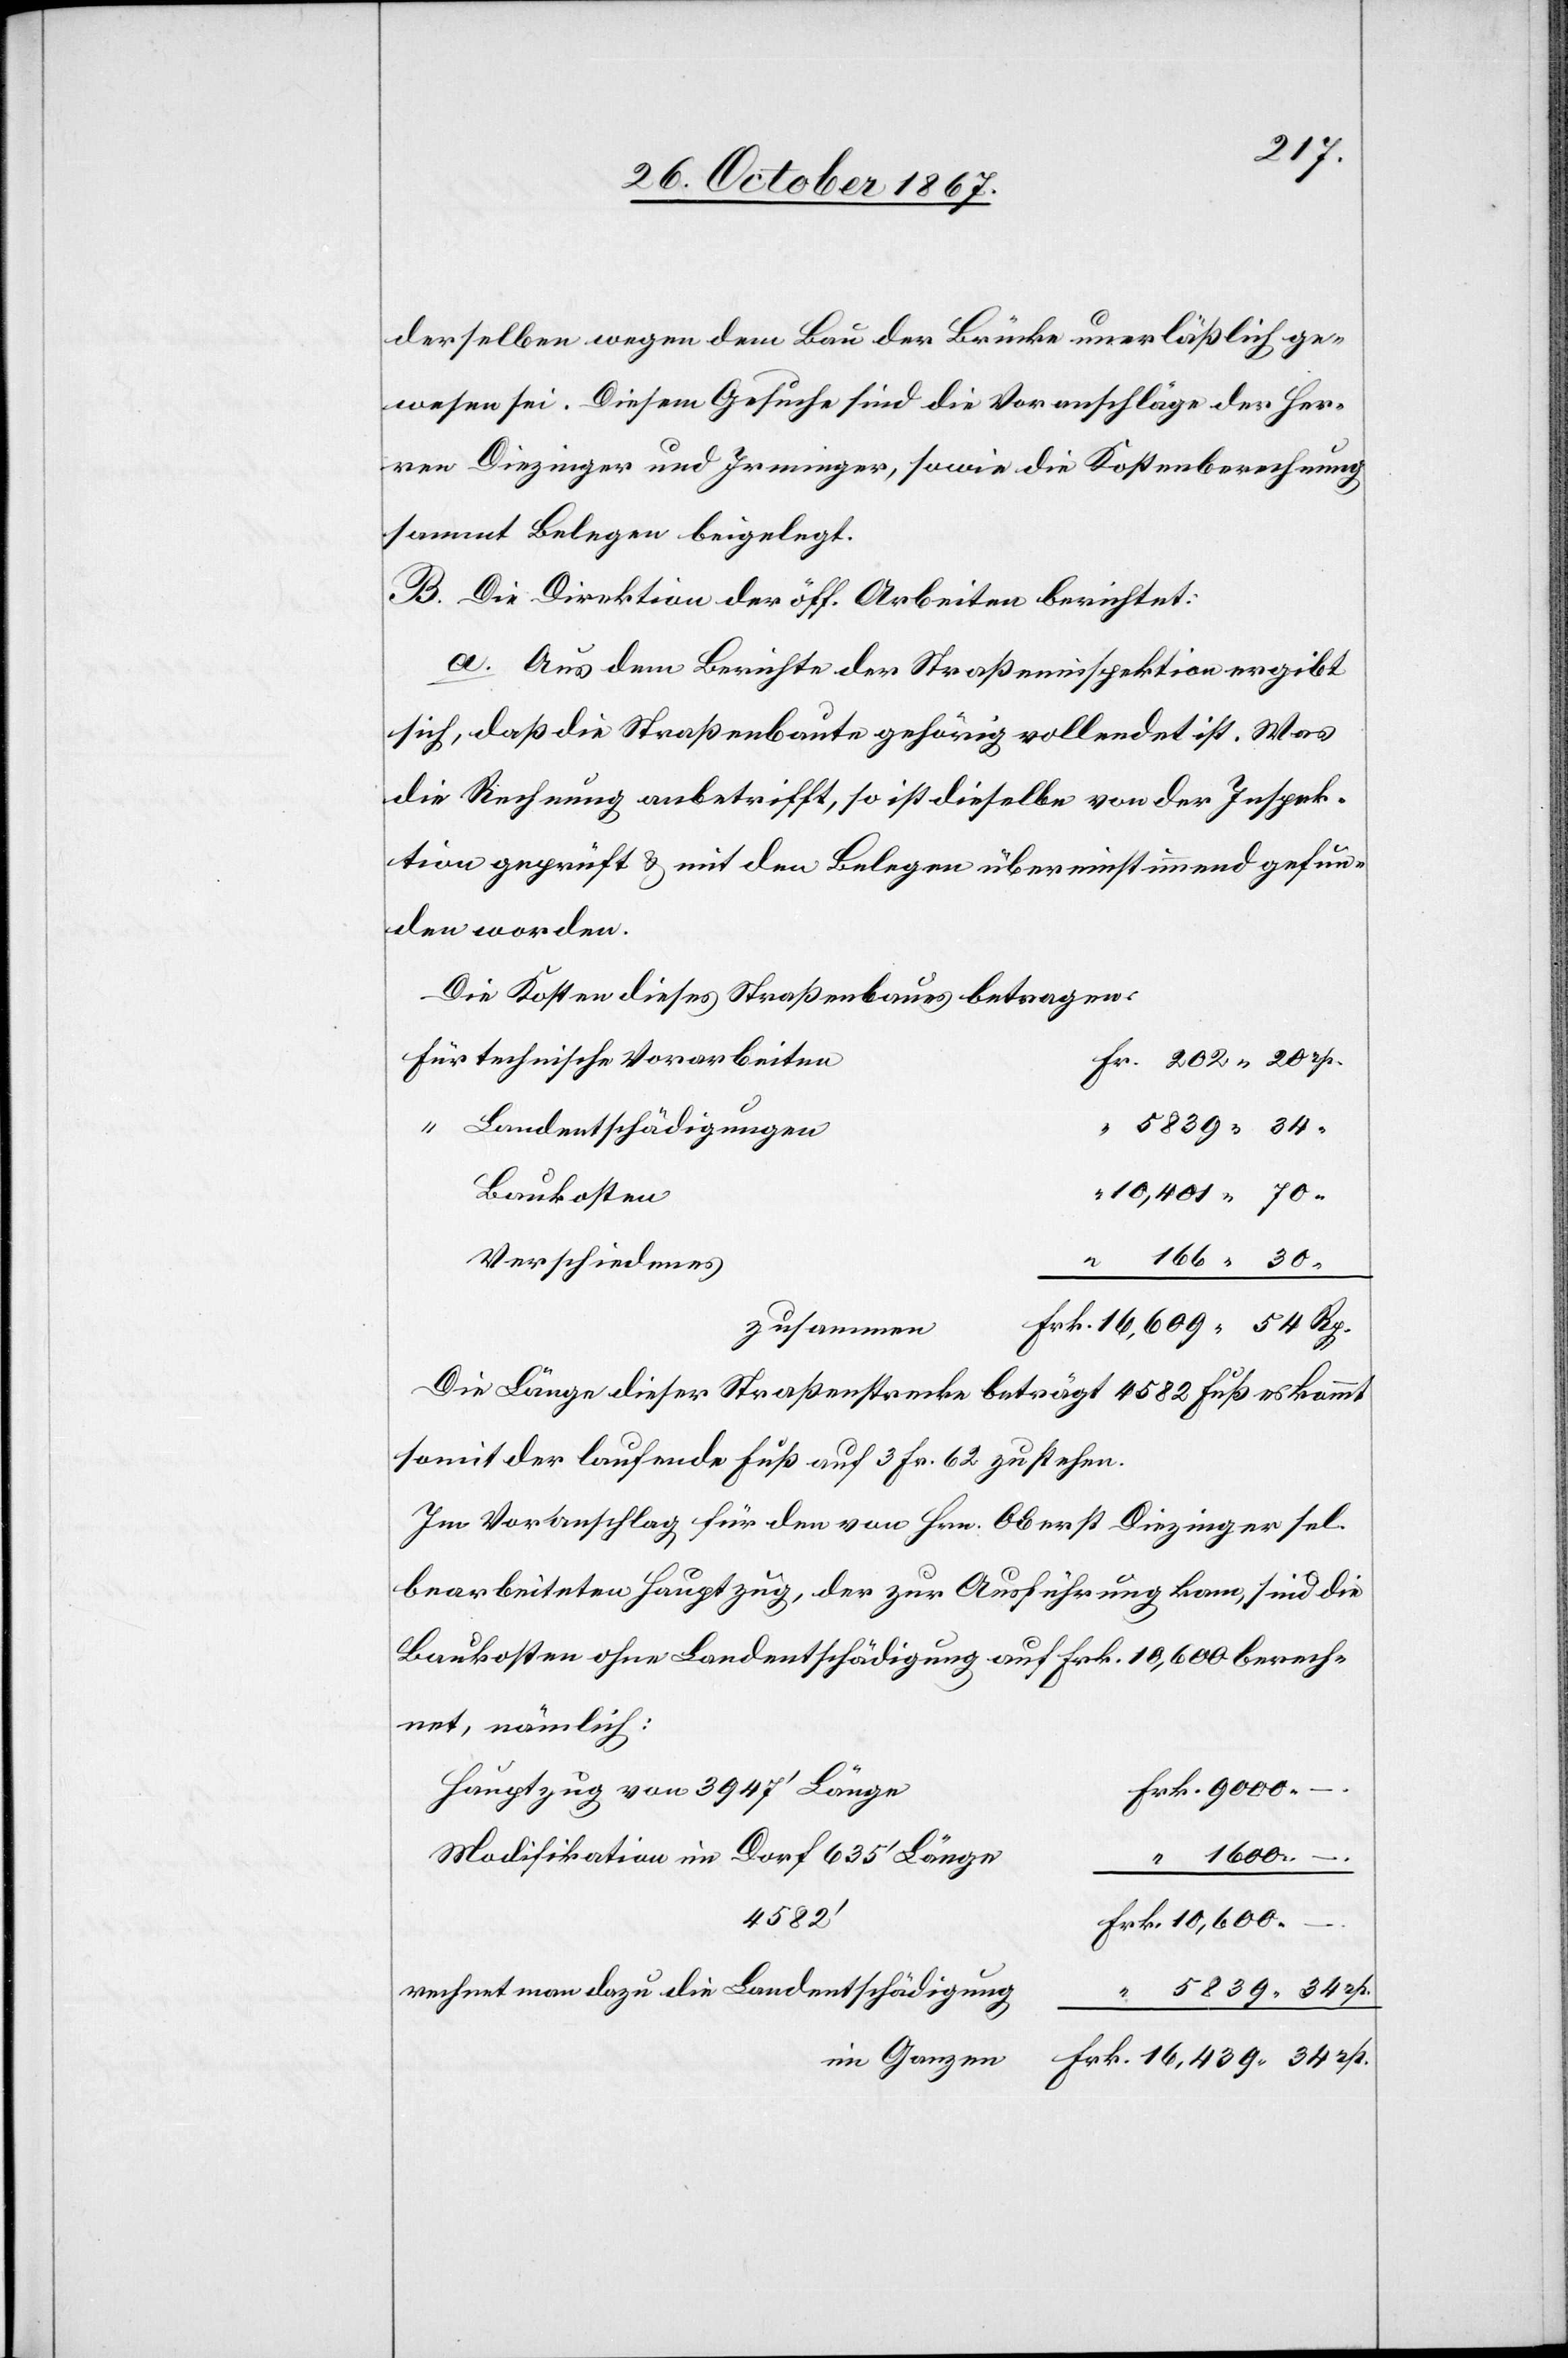
derselben wegen dem Bau der Brücke unerläßlich ge¬
wesen sei. Diesem Gesuche sind die Voranschläge der Her¬
ren Diezinger und Irminger, sowie doe Kostenberechnung
sammt Belegen beigelegt.
B. Die Direktion der öff. Arbeiten berichtet:
a. aus dem Berichte der Straßeninspektion ergibt
sich, daß die Straßenbaute gehörig vollendet ist. Was
die Rechnung anbetrifft, so ist dieselbe von der Inspek¬
tion geprüft u. mit den Belegen übereinstimmend gefun¬
den worden.
Die Kosten dieses Straßenbaues betragen:
technische Vorarbeiten
Landentschädigungen
Baukosten
Verschiedenes
zusammen
Die Länge dieser Straßenstrecke beträgt 4582 Fuß, es kommt
somit der laufende Fuß auf 3 Fr. 62 zu stehen.
Im Voranschlag für den von Hrn. Oberst Diezinger sel.
bearbeiteten Hauptzug, der zur Ausführung kam, sind die
Baukosten ohne Landentschädigung auf Frk. 10 600 berech¬
net, nämlich:
Hauptzug von 3947‘ Länge
Modifikation im Dorf 635‘ Länge
1600.
5839.
rechnet man dazu die Landentschädigung
im Ganzen